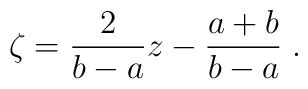
\zeta =  { 2 \over b-a} z - { a + b  \over b-a }\;.